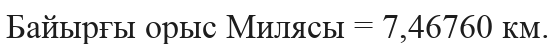
Байырғы орыс Милясы = 7,46760 км.